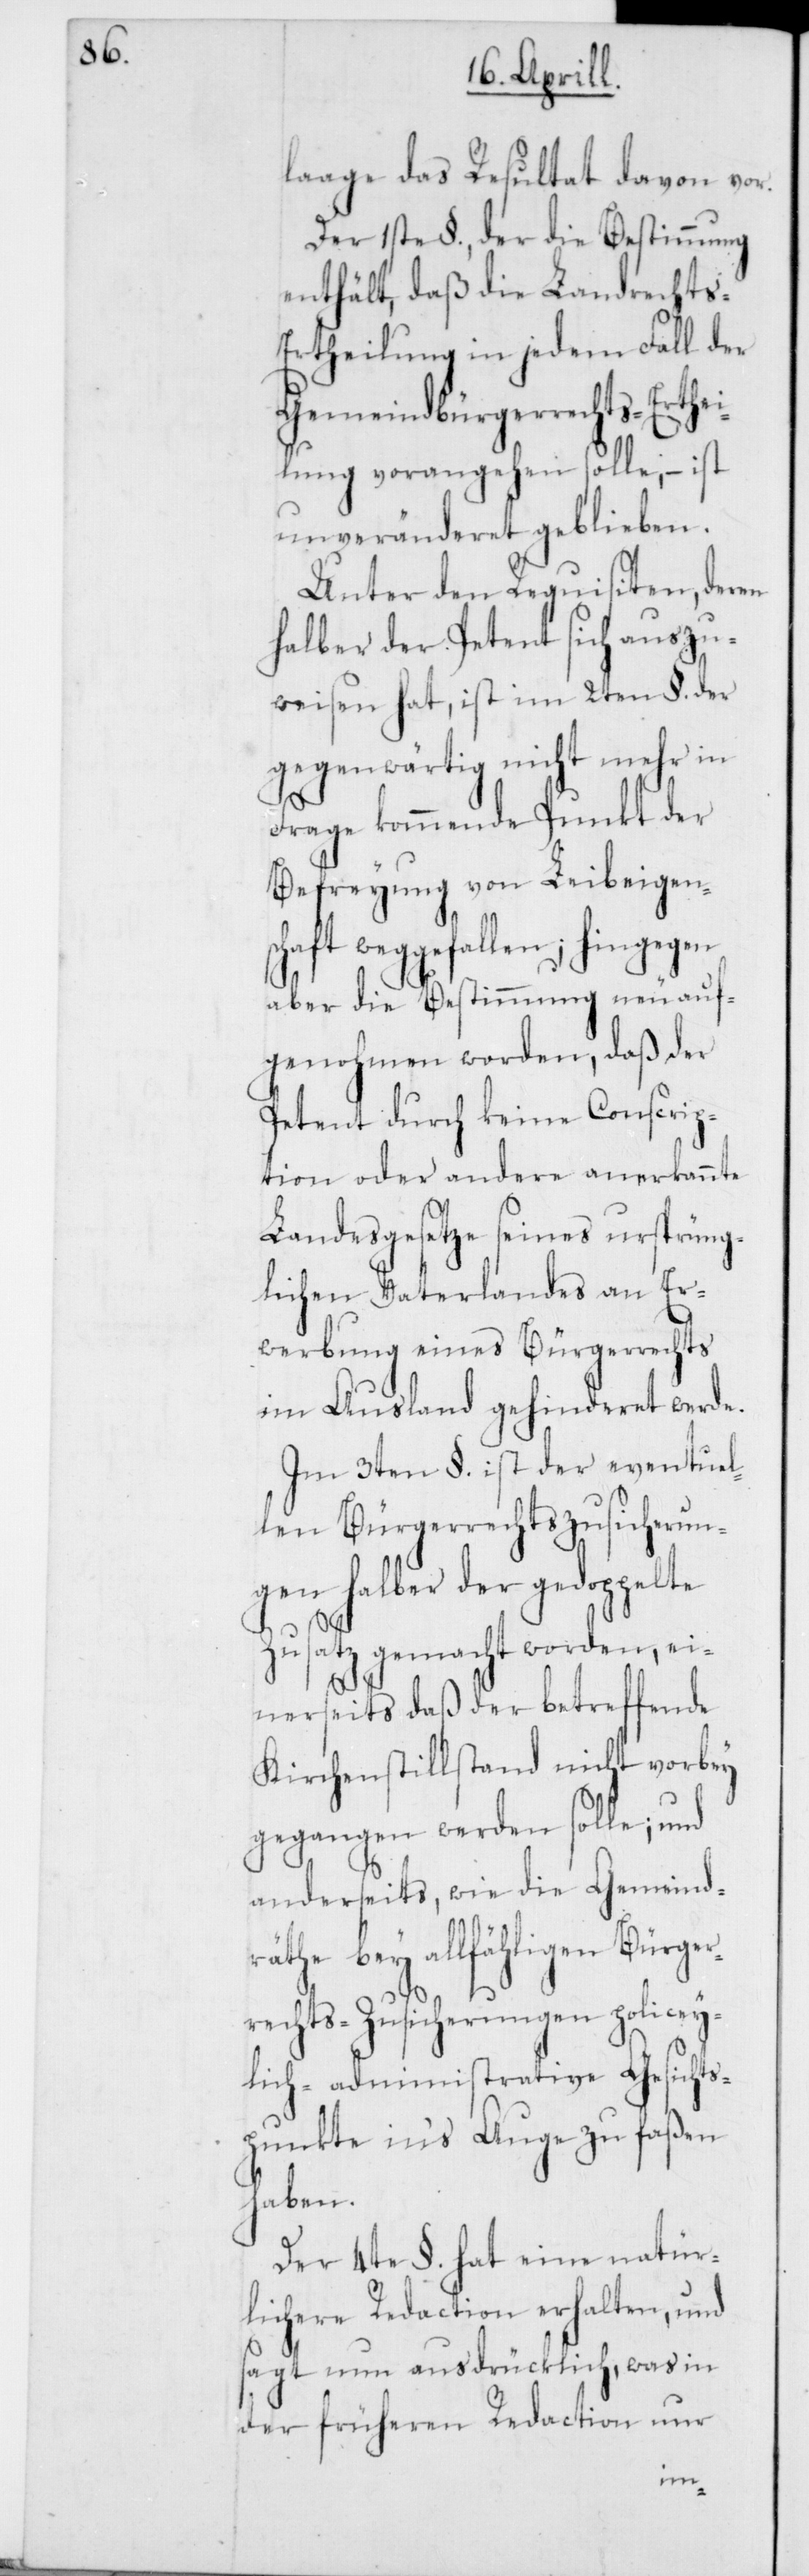
laage das Resultat davon vor.
Der 1ste §., der die Bestimmung
enthält, daß die Landrechts-E¬
rtheilung in jedem Fall der
Gemeindbürgerrechts-Erthei¬
lung vorangehen solle, – ist
unveränderet geblieben.
Unter den Requisiten, deren
halber der Petent sich auszu¬
weisen hat, ist im 2ten §. der
gegenwärtig nicht mehr in
Frage kommende Punkt der
Befreyung von Leibeigen¬
schaft weggefallen; hingegen
aber die Bestimmung neu auf¬
genohmen worden, daß der
Petent durch keine Conscrip¬
tion oder andere anerkannte
Landesgesetze seines ursprüng¬
lichen Vaterlandes an Er¬
werbung eines Bürgerrechts
im Ausland gehinderet werde.
Im 3ten §. ist der eventuel¬
len Bürgerrechts-Zusicherun¬
gen halber der gedoppelte
Zusatz gemacht worden, ei¬
räthe
nerseits daß der betreffende
Kirchenstillstand nicht vorbey
gegangen werden solle; und
anderseits wie die Gemeind¬
bey allfälligen Bürger¬
rechts-Zusicherungen policey¬
lich-administrative Gesichts¬
punkte ins Auge zu faßen
haben.
Der 4te §. hat eine natür¬
lichere Redaction erhalten, und
sagt nun ausdrücklich, was in
der früheren Redaction nur